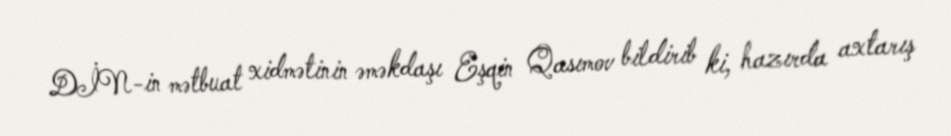
DİN-in mətbuat xidmətinin əməkdaşı Eşqin Qasımov bildirib ki, hazırda axtarış